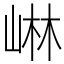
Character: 崊